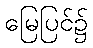
မြေပြင်၌